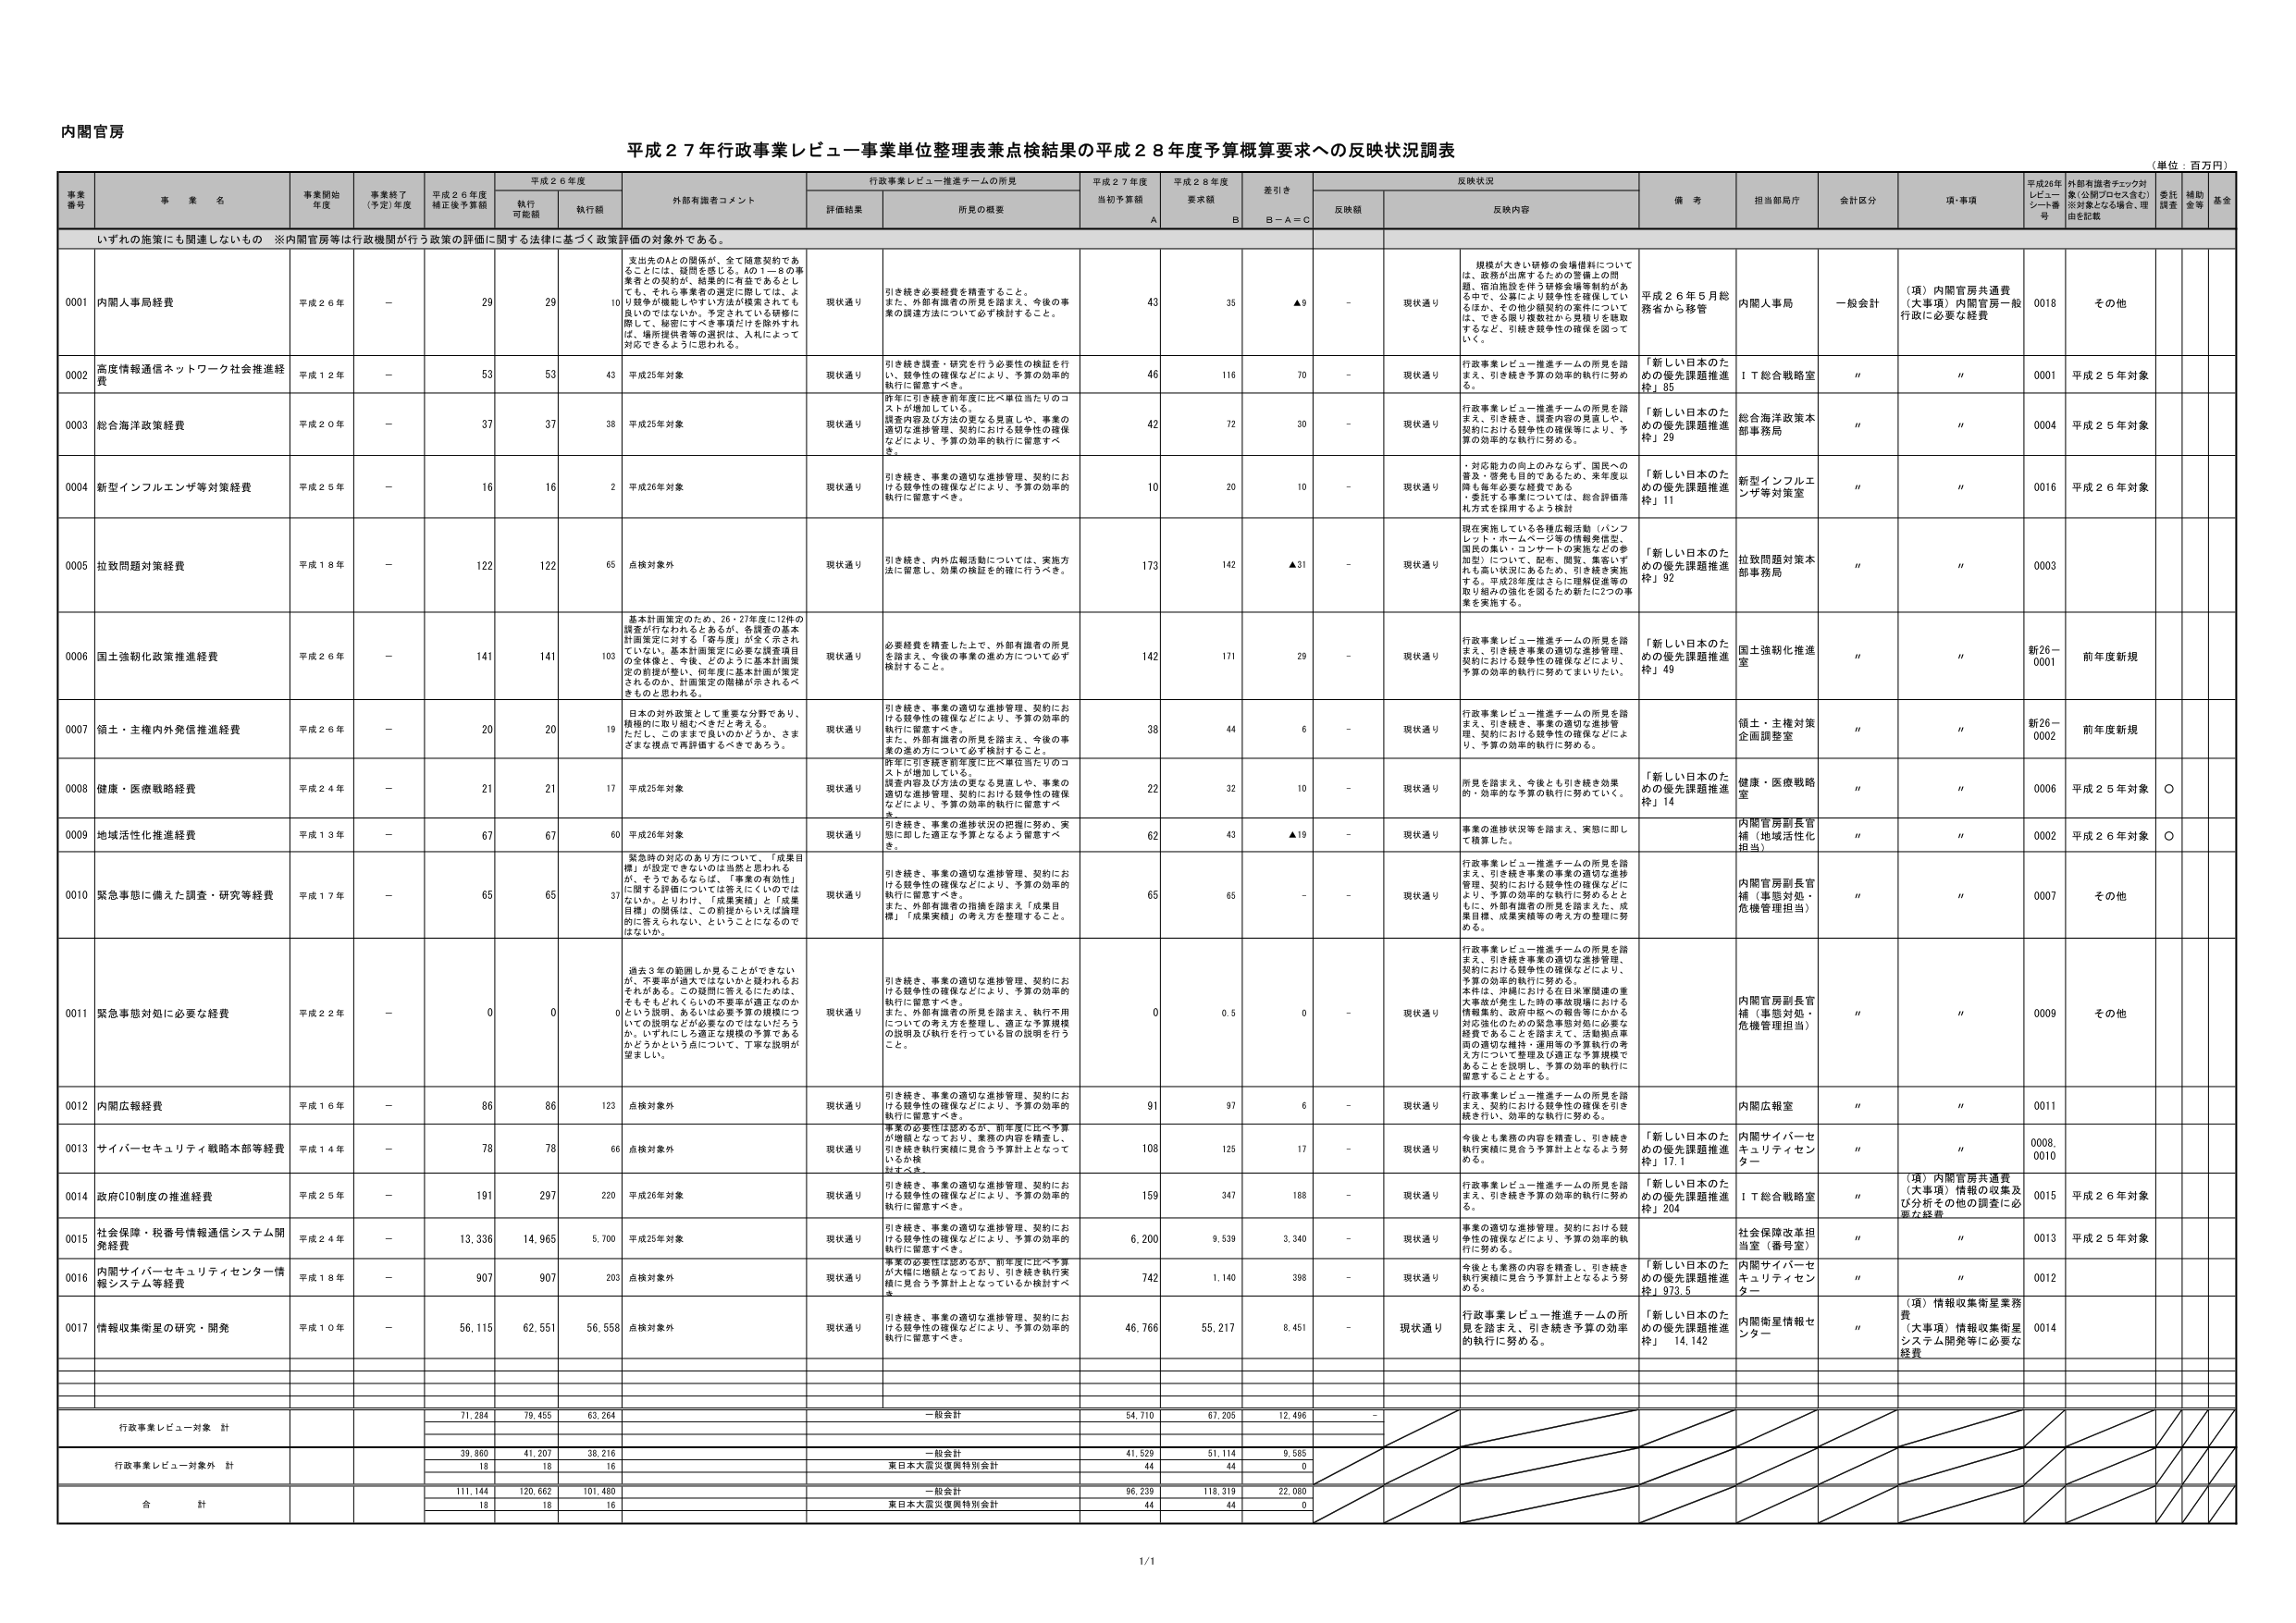
内閣官房
平成２７年行政事業レビュー事業単位整理表兼点検結果の平成２８年度予算概算要求への反映状況調表
（単位：百万円）

事業番号　事業名　事業開始年度　事業終了（予定）年度　平成２６年度補正後予算額　平成２６年度　外部有識者コメント　行政事業レビュー推進チームの所見　平成２７年度当初予算額　平成２８年度要求額　差引き　反映状況　備考　担当部局庁　会計区分　項・事項　平成26年レビュー・シート番号　外部有識者チェック対象（公開プロセス含む）※対象となる場合、理由を記載　受託調査　補助金等　基金